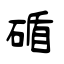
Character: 碷